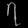
Digit: ၇